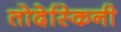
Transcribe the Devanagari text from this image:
तोदेस्किनी